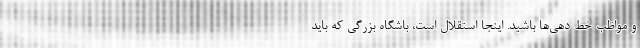
و مواظب خط‌ دهی‌ها باشید. اینجا استقلال است، باشگاه بزرگی که باید